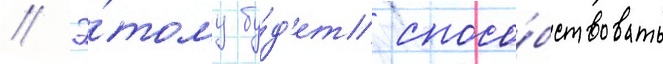
// Э́тому бу́д'ет спосо́бствовать